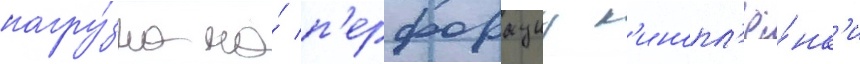
нагру́зка на́ п'ерфорациу к'инопл'ё́нк'и